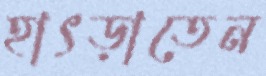
হাৎড়াতেন